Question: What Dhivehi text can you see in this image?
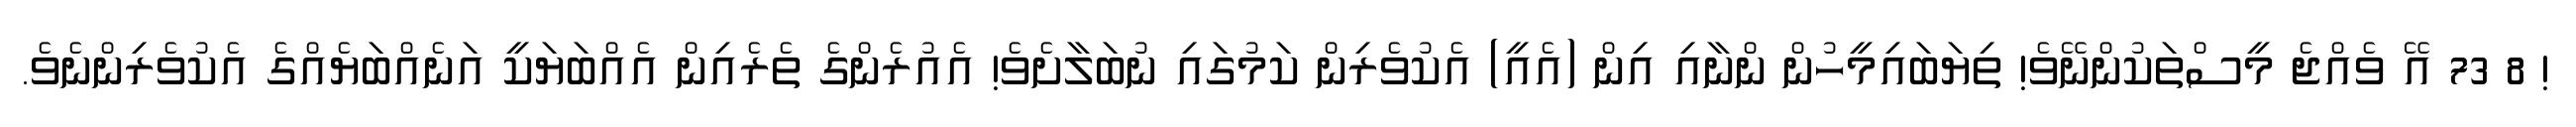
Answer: ! 8 73 އޭ ވެއްޖެ މީސްތަކުންނޭވެ! ތިޔަބައިމީހުން ންނާއި އިން (އެއީ) އެކުވެރިން ކަމުގައި ނުބަލާށެވެ! އެއުރެންގެ ތެރެއިން އެއްބަޔަކީ އަނެއްބަޔެއްގެ އެކުވެރިންނެވެ.